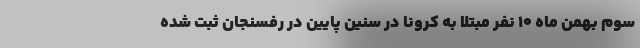
سوم بهمن ماه ۱۰ نفر مبتلا به کرونا در سنین پایین در رفسنجان ثبت شده